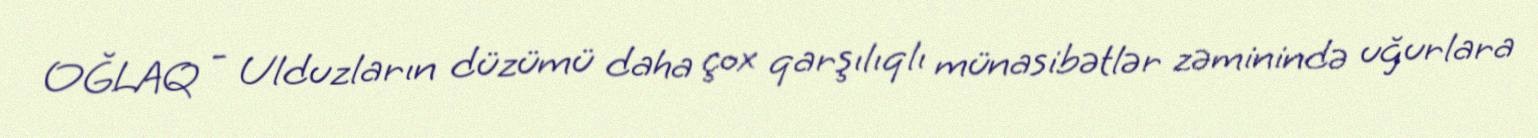
OĞLAQ - Ulduzların düzümü daha çox qarşılıqlı münasibətlər zəminində uğurlara